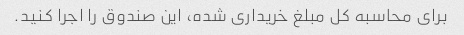
برای محاسبه کل مبلغ خریداری شده، این صندوق را اجرا کنید.